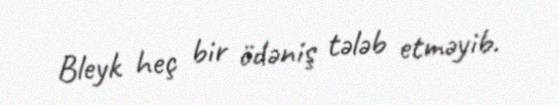
Bleyk heç bir ödəniş tələb etməyib.